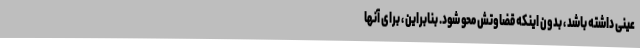
عینی داشته باشد ، بدون اینکه قضاوتش محو شود. بنابراین ، برای آنها